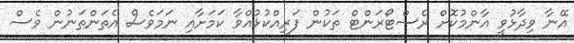
އޭނާ ވިދާޅުވީ އާންމުކޮށް ރެސްޓޯރަންޓް ތަކުން ފަރިއްކުޅުއްވާ ކަމަށާއި ނަމަވެސް އެތަންތަނުން ވެސް